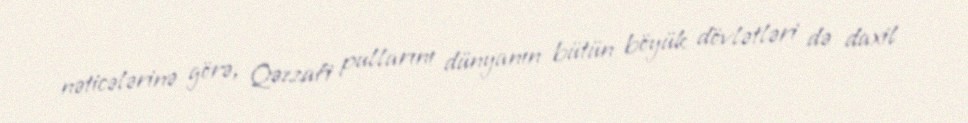
nəticələrinə görə, Qəzzafi pullarını dünyanın bütün böyük dövlətləri də daxil